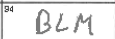
Transcription: BLM